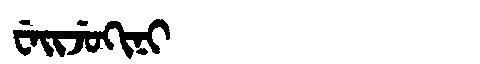
Manchu: ᠸᡝᡳᠵᡠᡴᡳᠨᡳ
Romanization: WEIJUKINI